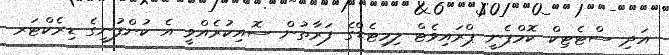
އަދި ސްޓެޓިކް ކޮމްޕެނީ ޕްރައިވެޓް ލިމިޓެޑްގެ ފަރާތުން ސޮއިކުރެއްވީ އެ ކުންފުނީގެ ޑިރެކްޓަރ